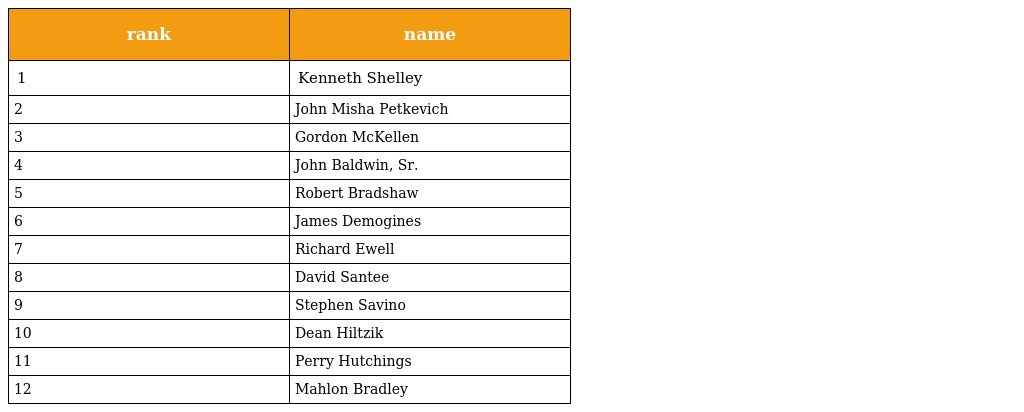
| rank | name |
 | --- | --- |
 | 1 | Kenneth Shelley |
 | 2 | John Misha Petkevich |
 | 3 | Gordon McKellen |
 | 4 | John Baldwin, Sr. |
 | 5 | Robert Bradshaw |
 | 6 | James Demogines |
 | 7 | Richard Ewell |
 | 8 | David Santee |
 | 9 | Stephen Savino |
 | 10 | Dean Hiltzik |
 | 11 | Perry Hutchings |
 | 12 | Mahlon Bradley |